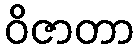
ဝိဇာတာ